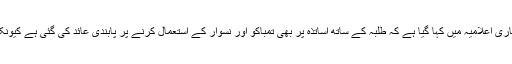
ہائر ایجوکیشن کی جانب سے جاری اعلامیہ میں کہا گیا ہے کہ طلبہ کے ساتھ اساتذہ پر بھی تمباکو اور نسوار کے استعمال کرنے پر پابندی عائد کی گئی ہے کیونکہ یہ وقت کی اہم ضرورت ہے۔